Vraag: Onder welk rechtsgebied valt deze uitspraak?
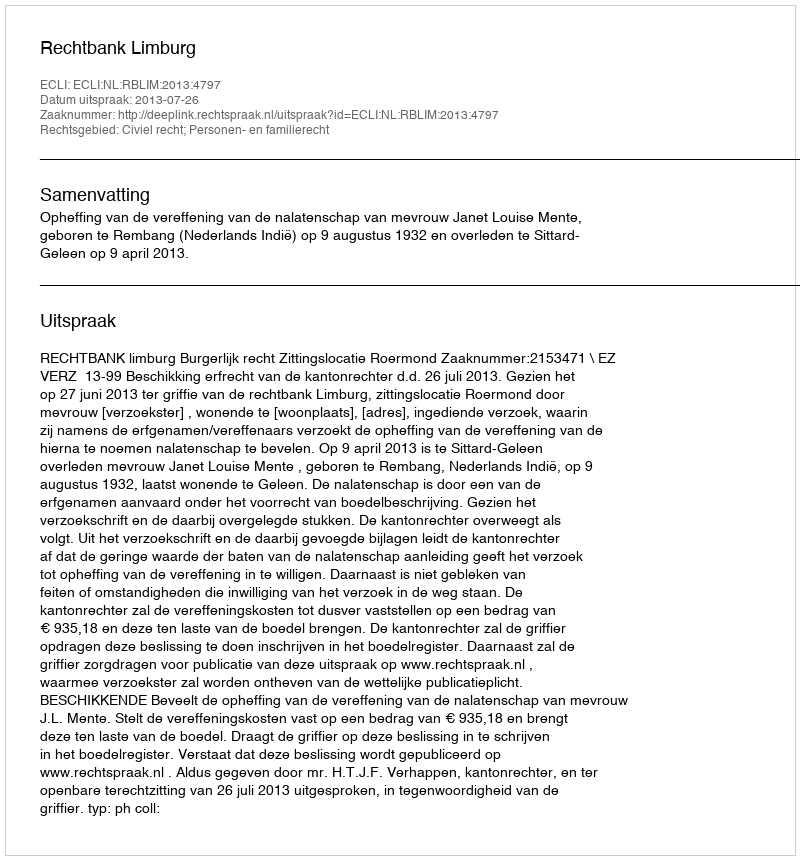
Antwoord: Civiel recht; Personen- en familierecht